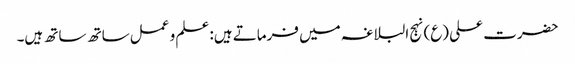
حضرت علی (ع) نہج البلاغہ میں فرماتے ہیں: علم و عمل ساتھ ساتھ ہیں۔